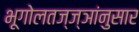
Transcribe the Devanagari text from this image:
भूगोलतज्ज्ञांनुसार